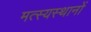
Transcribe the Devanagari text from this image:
मत्स्यस्थानों